Memorandum on the prevention of leprosy by segregation of the affected
Disease focus: Leprosy
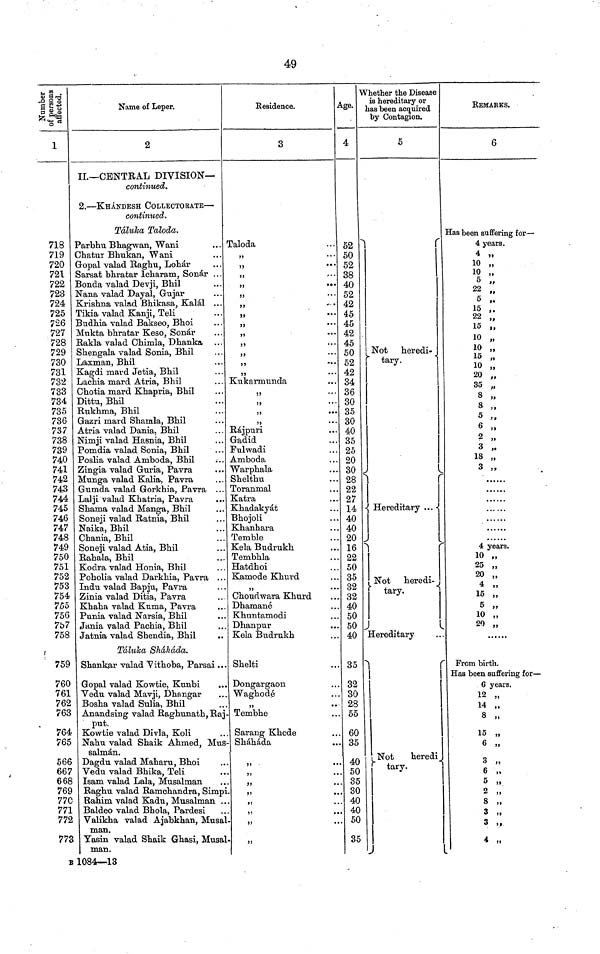
49
Number of
persons
affected.
1
718
719
720
721
722
723
724
725
726
727
728
729
730
731
732
733
734
735
736
737
738
739
740
741
742
743
744
745
746
747
748
749
750
751
752
753
754
7.55
756
757
758
759
760
761
762
763
764
765
566
667
668
769
77C
771
772
773
Name of Leper.
2
II.— CENTRAL DIVISION—
continued.
2. — KHÁNDESH COLLECTORATE —
continued.
Táluka Taloda.
Parbhu Bhagwan, Wani
...
Chatur Bhukan, Wani
Gopal valad Raghu, Lohár
Sarsat bhratar Icharam, Sonár . . .
Bonda valad Devji, Bhil
Nana valad Dayal, Gujar
Krishna valad Bhikasa, Kalál ...
Tikia valad Kanji, Teli
Budhia valad Bakseo, Bhoi
Mukta bhratar Keso, Sonar
Rakla valad Chimla, Dhanka
Shengala valad Sonia, Bhil
Laxman, Bhil
Kagdi mard Jetia, Bhil
Lachia mard Atria, Bhil
Chotia mard Khapria, Bhil
Dittu, Bhil
Rukhma, Bhil
Gazri mard Shamla, Bhil
Atria valad Dania, Bhil
Nimji valad Hasnia, Bhil
Pomdia valad Sonia, Bhil
Poslia valad Amboda, Bhil
Zingia valad Guria, Pavra
Munga valad Kalia, Pavra
Gum da valad Gorkhia, Pavra ...
Lalji valad Khatria, Pavra
Shama valad Manga, Bhil
Soneji valad Ratnia, Bhil
Naika, Bhil
Chania, Bhil
Soneji valad Atia, Bhil
Rahala, Bhil
Kodra valad Honia, Bhil
Poholia valad Darkhia, Pavra . . .
Indu valad Bapju, Pavra
Zinia valad Ditia, Pavra
Khaha valad Kuma, Pavra
Punia valad Narsia, Bhil
Jania valad Pachia, Bhil
Jatnia valad Shendia, Bhil
Táluka Sháháda.
Shankar valad Vithoba, Parsai ...
Gopal valad Kowtie, Kunbi
Vedu valad Mavji, Dhangar
Bosha valad Sulia, Bhil
Anandsing valad Raghunath, Raj-
put.
Kowtie valad Divla, Koli
Nahu valad Shaik Ahmed, Mus-
salmán.
Dagdu valad Maharu, Bhoi
Vedu valad Bhika, Teli
Isam valad Lala, Musalman
Raghu valad Ramchandra, Simpi.
Rahim valad Kadu, Musalman ...
Baldeo valad Bhola, Pardesi
Valikha valad Ajabkhan, Musal-
man.
Yasin valad Shaik Ghasi, Musal-
man.
Residence.
3
Daloda
,,
. . .
,,
..
..
'
..
..
..
..
..
Kukarmunda
,,
,,
,,
,,
Rájpuri
Gadid
Fulwadi
Amboda
Warphala
Shelthu
Toranmal
Katra
Khadakyát
Bhojoli
Khanhara
Temble
Kela Budrukh
Tembhla
Hatdhoi
Kamode Khurd
,,
Choudwara Khurd
Dhamané
Khuntamodi
Dhanpur
Kela Budrukh
Shelti
Dongargaon
Waghodé
,,
Tembhe
Sarang Khede
Sháháda
,
,,
,,
,,
,,
.
,,
A
Age.
4
52
50
52
38
40
52
42
45
45
42
45
50
52
42
34
36
30
35
30
40
35
25
20
30
28
22
27
14
40
40
20
16
22
50
35
32
32
40
50
50
40
35
32
30
28
55
60
35
40
50
35
30
40
40
50
35
Whether the Disease
is hereditary or
has been acquired
by Contagion.
5
Not heredi-
tary.
Hereditary
Not
heredi-
tary.
Hereditary
Not heredi-
tary.
REMARKS.
6
Has been suffering for—
4 years.
4 „
10 „
5 ,,
5 „
22 ,,
15.
22
15 .
19
10 „
10 „
15
10,,
10
20
35
8
2 ,
3
18 „
3 „
......
4 years.
10 „
25 „
20 „
4 „
15 „
5 „
10 „
20 ,,,
From birth.
Has been suffering for —
6 years.
12 „
14 „
8 „
15 „
6 „
3 „
6 „
5 „
2 „
8 „
3 „
3 „
4 „
B 1084—13